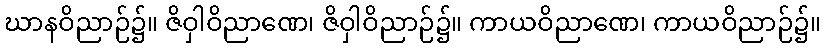
ဃာနဝိညာဉ်၌။ ဇိဝှါဝိညာဏေ၊ ဇိဝှါဝိညာဉ်၌။ ကာယဝိညာဏေ၊ ကာယဝိညာဉ်၌။